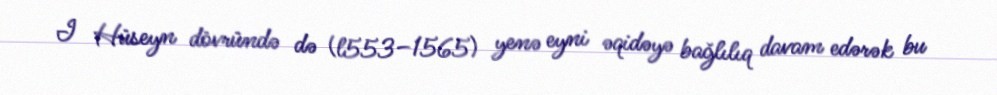
I Hüseyn dövründə də (l553–1565) yenə eyni əqidəyə bağlılıq davam edərək bu